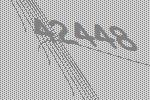
42448